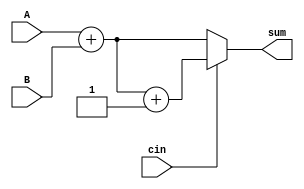
module carry_select_adder (
    input wire [15:0] A,
    input wire [15:0] B,
    input wire cin,
    output wire [15:0] sum
);

wire [15:0] sum_0;
wire [15:0] sum_1;

assign sum_0 = A + B;
assign sum_1 = A + B + 1;

assign sum = cin ? sum_1 : sum_0;

endmodule